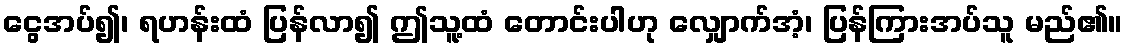
ငွေအပ်၍၊ ရဟန်းထံ ပြန်လာ၍ ဤသူ့ထံ တောင်းပါဟု လျှောက်အံ့၊ ပြန်ကြားအပ်သူ မည်၏။